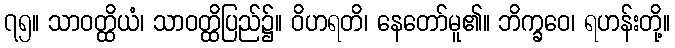
၇၅။ သာဝတ္ထိယံ၊ သာဝတ္ထိပြည်၌။ ဝိဟရတိ၊ နေတော်မူ၏။ ဘိက္ခဝေ၊ ရဟန်းတို့။